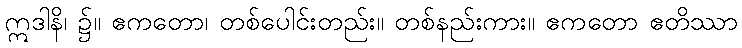
ဣဒါနိ၊ ၌။ ဧကတော၊ တစ်ပေါင်းတည်း။ တစ်နည်းကား။ ဧကတော ဧတိဿာ